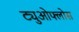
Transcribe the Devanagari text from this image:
ट्युओफ्लोस